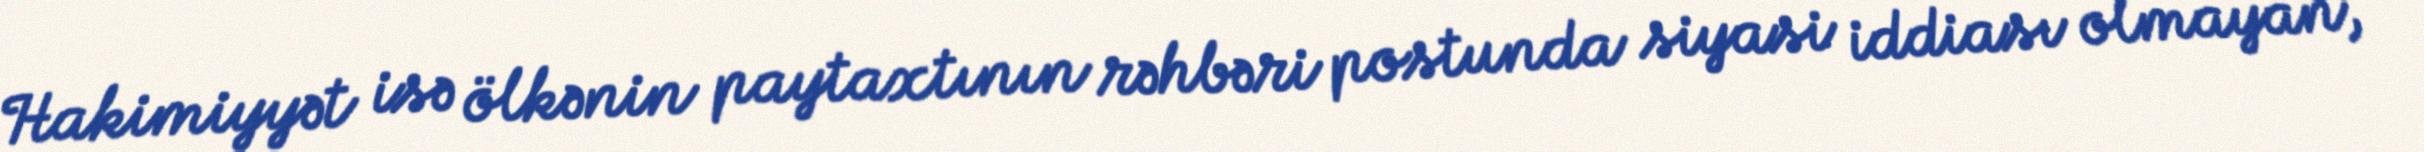
Hakimiyyət isə ölkənin paytaxtının rəhbəri postunda siyasi iddiası olmayan,